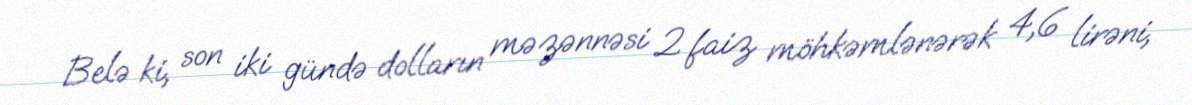
Belə ki, son iki gündə dolların məzənnəsi 2 faiz möhkəmlənərək 4,6 lirəni,